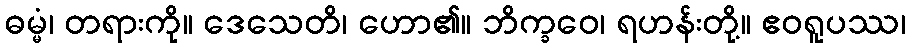
ဓမ္မံ၊ တရားကို။ ဒေသေတိ၊ ဟော၏။ ဘိက္ခဝေ၊ ရဟန်းတို့။ ဧဝရူပဿ၊